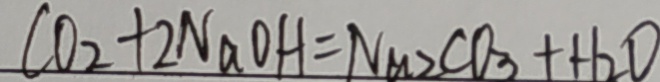
C O _ { 2 } + 2 N a O H = N a _ { 2 } C O _ { 3 } + H _ { 2 } O